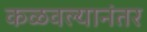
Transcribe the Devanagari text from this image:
कळवल्यानंतर